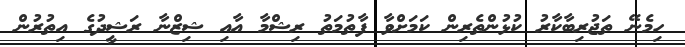
ހިމެނޭ ތަޖުރިބާކާރު ކުޅުންތެރިން ކަމަށްވާ ފާތުމަތު ރިޝްމާ އާއި ޝިޒްނާ ރަޝީދުގެ އިތުރުން